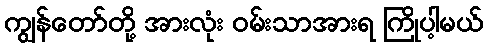
ကျွန်တော်တို့ အားလုံး ဝမ်းသာအားရ ကြိုပါ့မယ်